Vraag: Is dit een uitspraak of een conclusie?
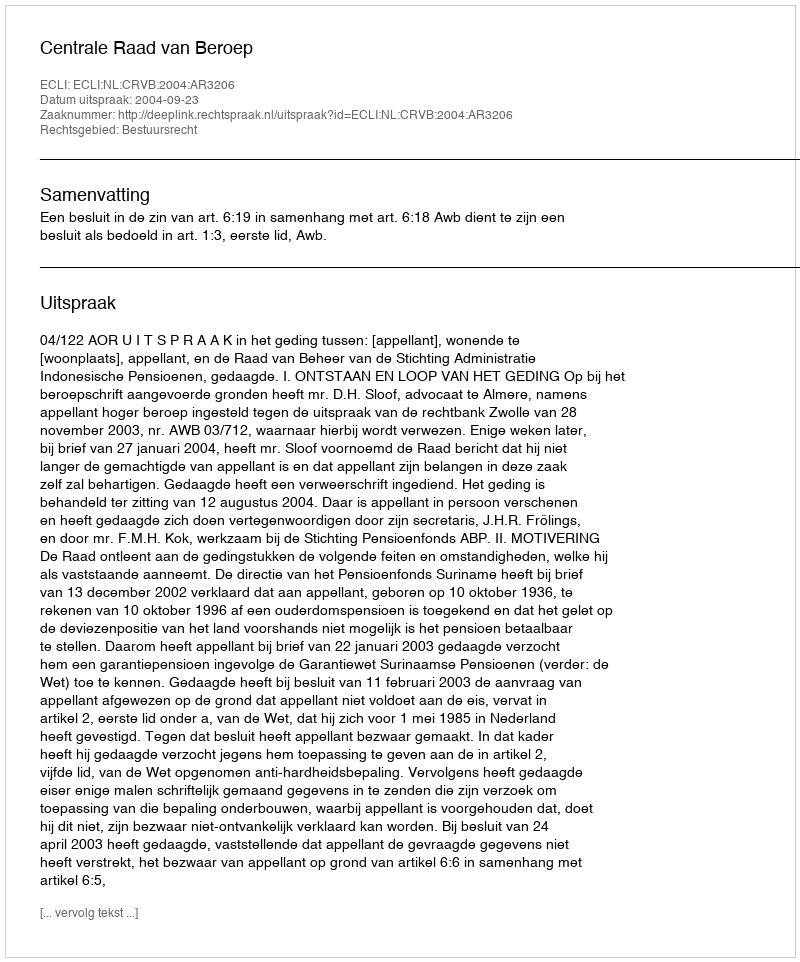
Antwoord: Uitspraak